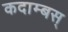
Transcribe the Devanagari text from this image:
कदाम्बस्